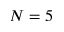
N = 5